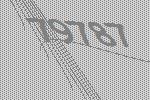
79787